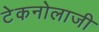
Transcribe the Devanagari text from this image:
टेकनोलाजी